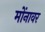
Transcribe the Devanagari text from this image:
मोंनावर